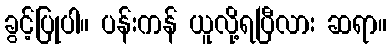
ခွင့်ပြုပါ။ ပန်းကန် ယူလို့ရပြီလား ဆရာ။